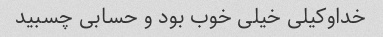
خداوکیلی خیلی خوب بود و حسابی چسبید